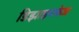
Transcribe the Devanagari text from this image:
डिझाइनफेज